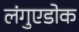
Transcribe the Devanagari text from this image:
लंगुएडोक